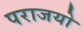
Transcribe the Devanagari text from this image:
पराजयो